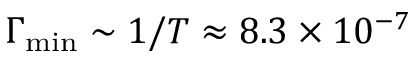
\Gamma _ { \mathrm { m i n } } \sim 1 / T \approx 8 . 3 \times 1 0 ^ { - 7 }